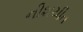
નીશચીત